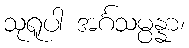
သုရူပါ အင်္ဂသမ္ပန္နာ၊